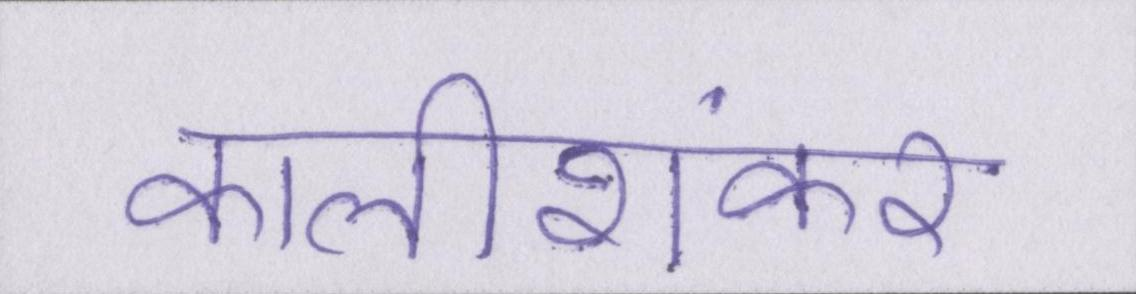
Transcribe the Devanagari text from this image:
कालीशंकर